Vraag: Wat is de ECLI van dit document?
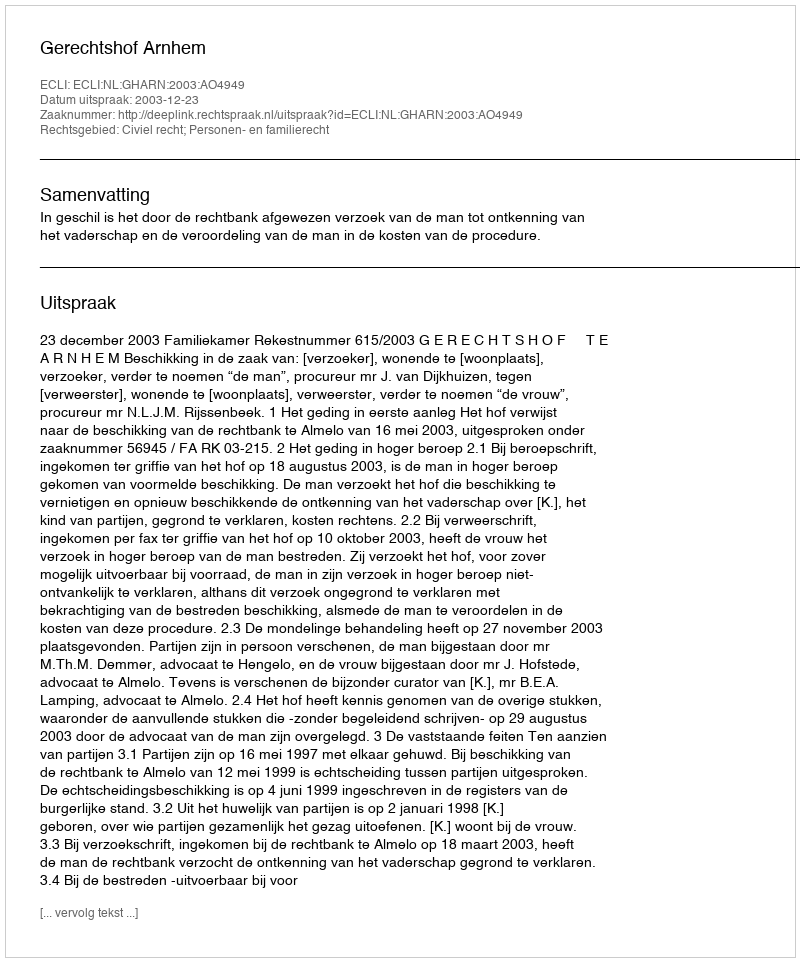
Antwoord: ECLI:NL:GHARN:2003:AO4949